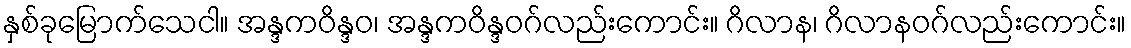
နှစ်ခုမြောက်သေငါ။ အန္ဒကဝိန္ဒဝ၊ အန္ဒကဝိန္ဒဝဂ်လည်းကောင်း။ ဂိလာန၊ ဂိလာနဝဂ်လည်းကောင်း။